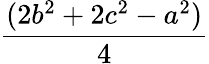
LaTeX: \frac{(2b^{2}+2c^{2}-a^{2})}{4}